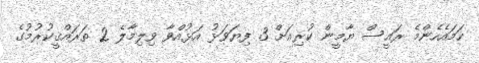
ހަމައެހެންމެ ރައީސް ޔާމީން ކުރިއަށް 3 ފިޔަވަޅު އަޅުއްވާ ވިލިމާލެ 2 ތަރައްޤީކުރުމުގެ